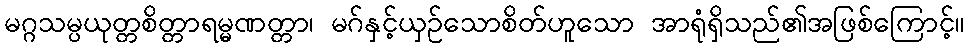
မဂ္ဂသမ္ပယုတ္တစိတ္တာရမ္မဏတ္တာ၊ မဂ်နှင့်ယှဉ်သောစိတ်ဟူသော အာရုံရှိသည်၏အဖြစ်ကြောင့်။